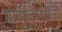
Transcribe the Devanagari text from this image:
समुहामध्ये